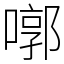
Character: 㗥